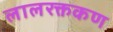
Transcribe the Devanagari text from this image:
लालरक्तकण